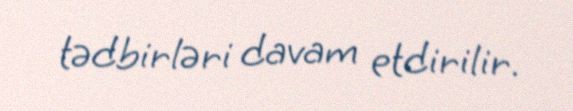
tədbirləri davam etdirilir.